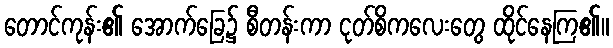
တောင်ကုန်း၏ အောက်ခြေ၌ စီတန်းကာ ငုတ်စိကလေးတွေ ထိုင်နေကြ၏။